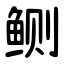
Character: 鲗